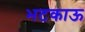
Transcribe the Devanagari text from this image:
भटकाऊ